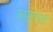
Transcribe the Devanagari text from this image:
ल्यूगोसी